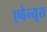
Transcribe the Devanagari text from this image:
एवेन्यूस